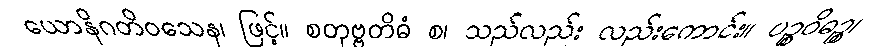
ယောနိဂတိဝသေန၊ ဖြင့်။ စတုဗ္ဗတိဓံ စ၊ သည်လည်း လည်းကောင်း။ ပဉ္စဝိဓဉ္စ၊